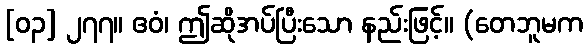
[၀၃] ၂၇၇။ ဧဝံ၊ ဤဆိုအပ်ပြီးသော နည်းဖြင့်။ (တေဘူမက